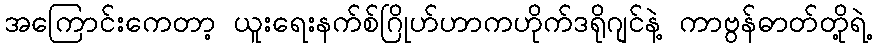
အကြောင်းကေတာ့ ယူးရေးနက်စ်ဂြိုဟ်ဟာကဟိုက်ဒရိုဂျင်နဲ့ ကာဗွန်ဓာတ်တို့ရဲ့